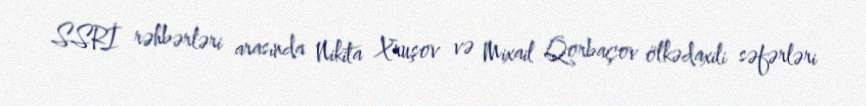
SSRİ rəhbərləri arasında Nikita Xruşov və Mixail Qorbaçov ölkədaxili səfərləri